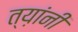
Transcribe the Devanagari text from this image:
त्य़ांनी